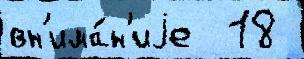
вн'има́н'иjе  18